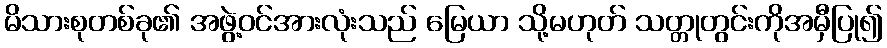
မိသားစုတစ်ခု၏ အဖွဲ့ဝင်အားလုံးသည် မြေယာ သို့မဟုတ် သတ္တုတွင်းကိုအမှီပြု၍